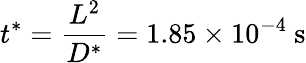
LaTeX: t^{*}=\frac{L^{2}}{D^{*}}=1.85\times 10^{-4}~\mathrm{s}